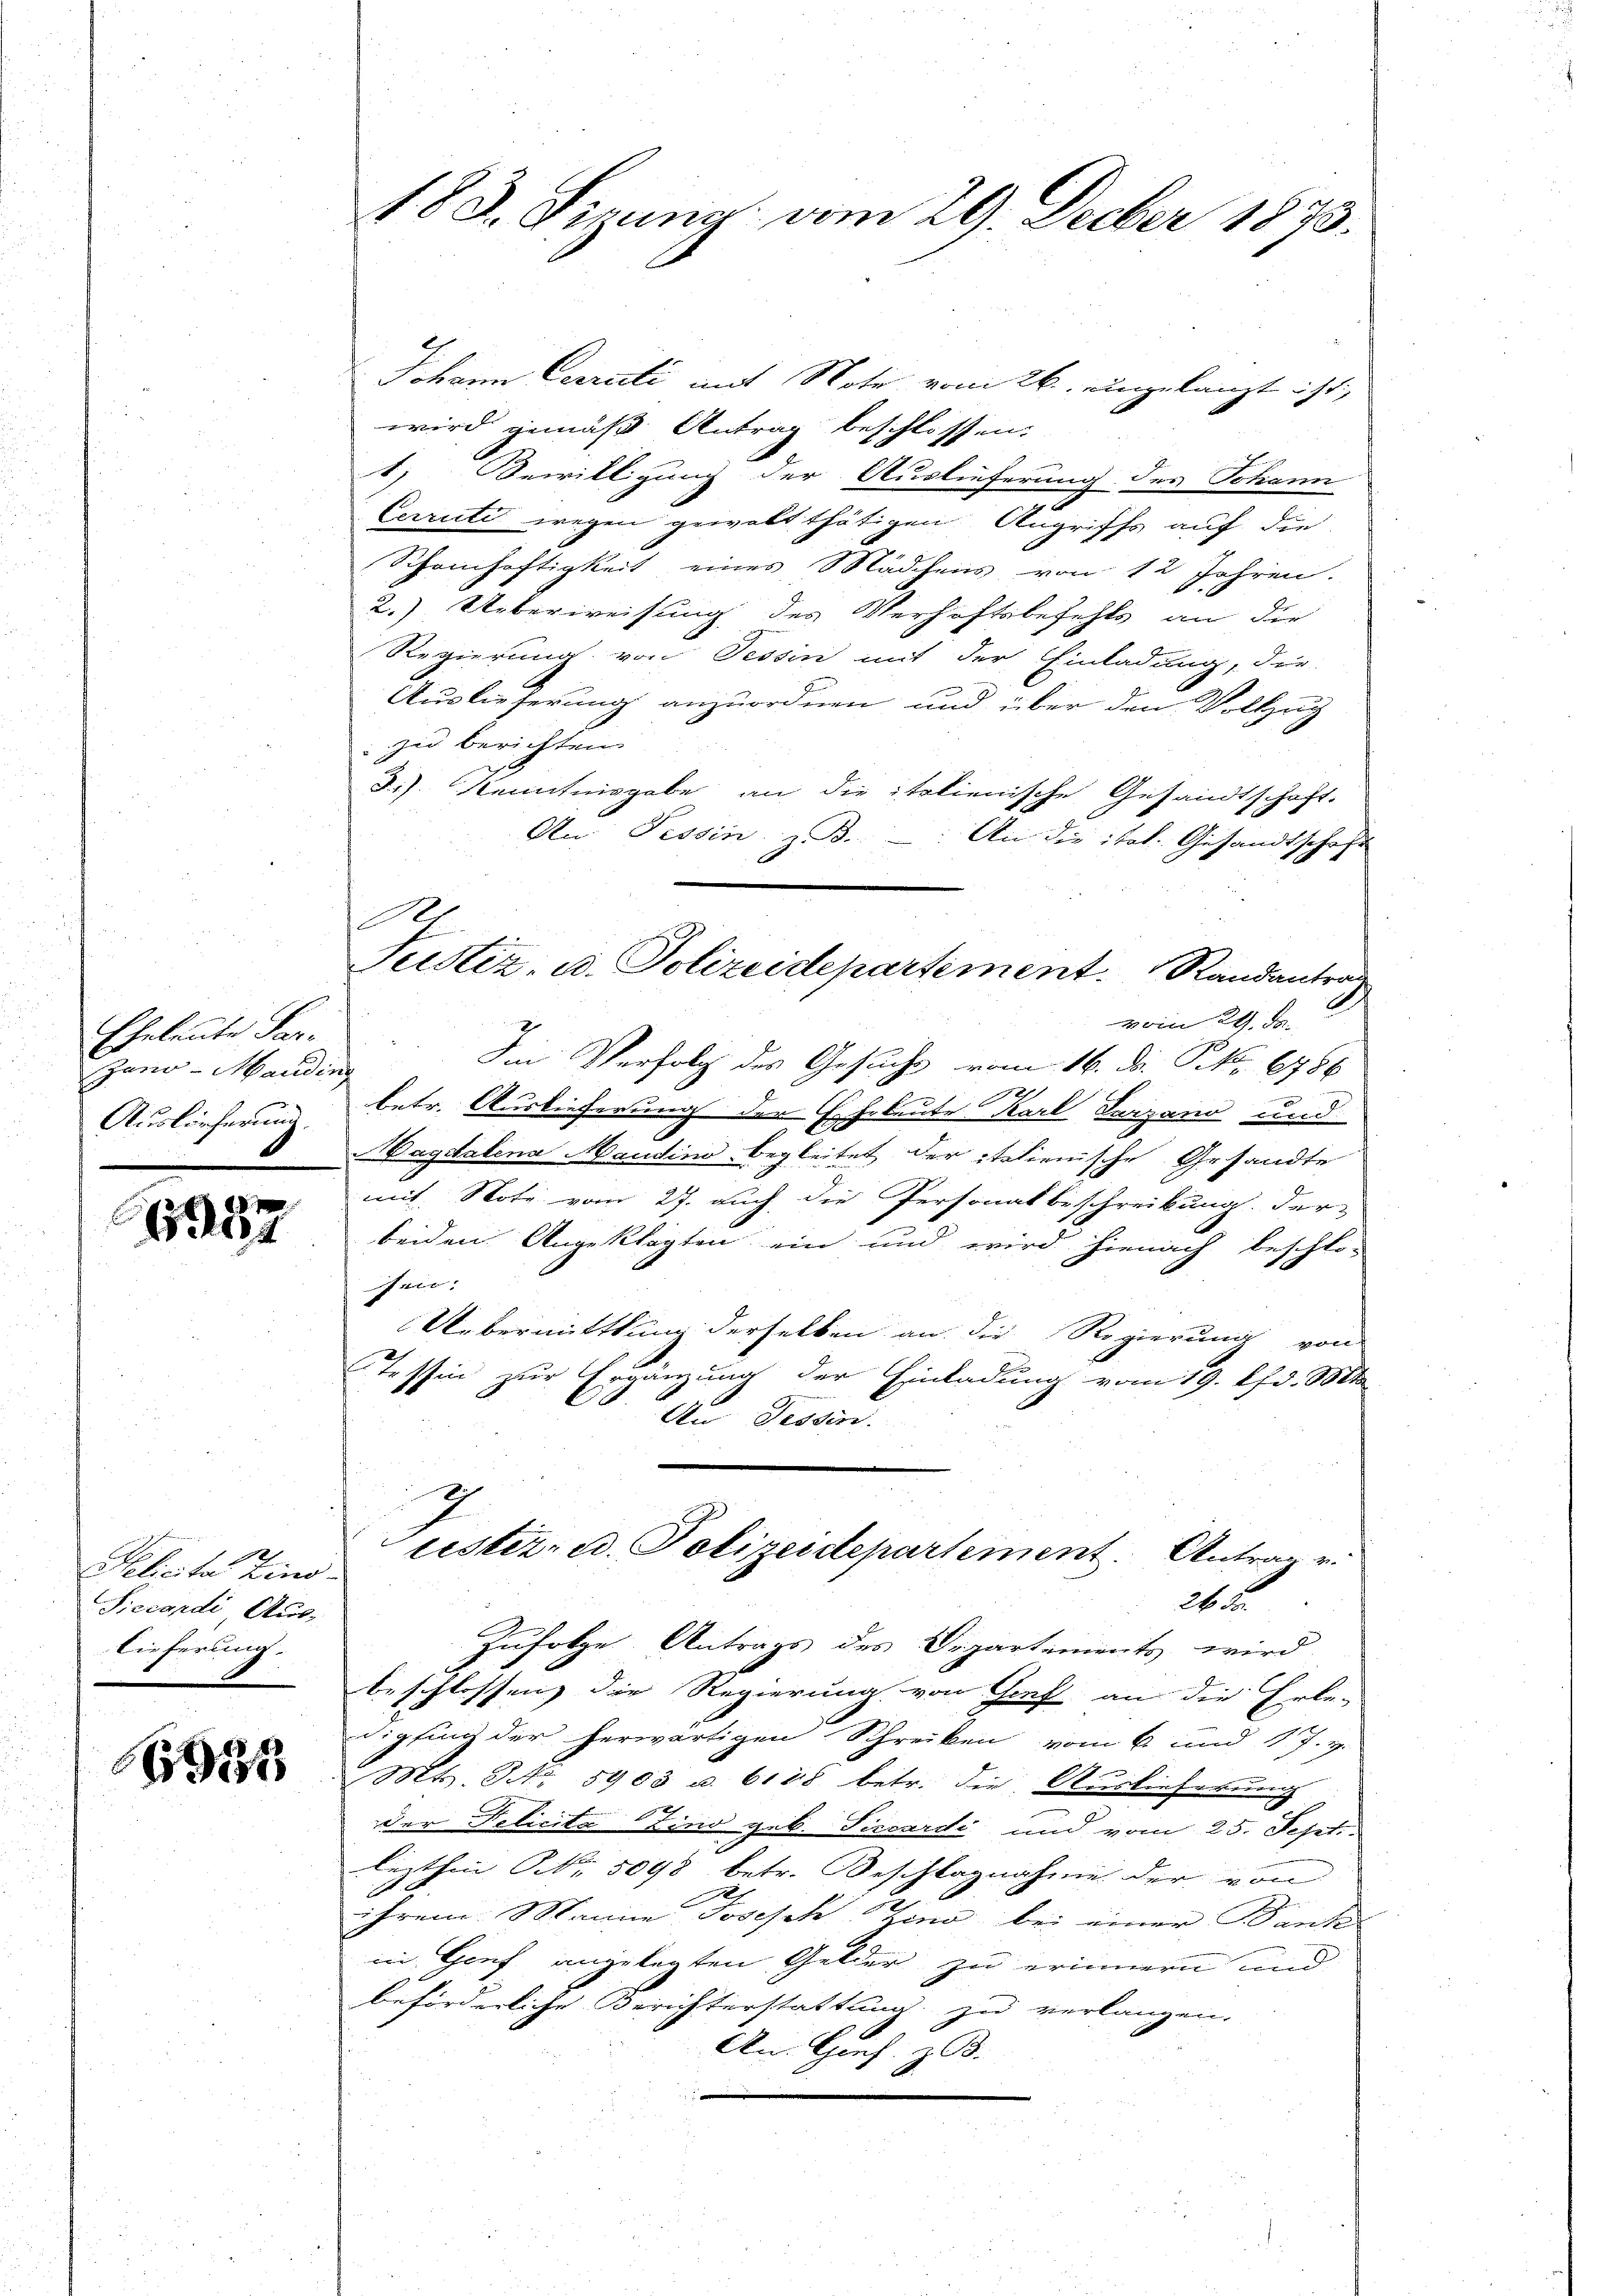
Eheleute Paryano-Mauding
Auslieferung.

604

12
ebcita Zino.
Siccandi Aus-
lieferung.

6335

Johann Cerrüti mit Note vom 26. eingelangt ist,
wird gemäß Antrag beschlossen.
1) Bewilligung der Auslieferung des Johann
Cerrute wegen gewalt thätigen Angriffs auf die
Schamhaftigkeit eines Mädchens von 12 Jahren.
2.) Ueberweisung des Verhaftsbefehls an die
Regierung von Tessin mit der Einladung, die
Auslieferung anzuordnen und über den Vollzug
zu berichten.
d.) Kenntnisgabe an die italienische Gesandtschaft.
An Tessin, z. B.: An die ital. Gesandtschaft
vom 21. de
Iin Verfolg des Gesuchs vom 16. d. P. Nr. 6786
betr. Auslieferung der Eheleute Karl Tarzano und
.
Bagdalena Maudine begleitet der italienische Gesandte
mit Note vom 27. auch die Personat beschreibung der
beiden Angeklagten ein und wird hienach beschlos
Inie.
Uebermittlung derselben an die Regierung von
Tessin zur Ergänzung der Einladung vom 19. d. Mt
An Tessin.
eister, u. Polizeidepartement. Antrag v
24 F
Zufolge Antrags des Departements wird
beschlossen, die Regierung von Genf an die Erle-
Sipfing der herwärtigen Schreiben vom 6 und 17. v.
Mts. Nr. 5903 u. 6188 betr. die Auslieferung
x
der Delicita (Zino geb. Piccardi und vom 25. Sept.
lezthin Nr. 5098 betr. Beschlagnahme der von
ihrem Manne Joseph Bino bei einer Banke
in Genf angelegten Gelder zu erinnern und
beförderliche Berichterstattung zu verlangen.
An. Gies. z. B.

183. Sirung vom 29. Decber 1873.

2
Justiz, u. Polizeidepartement. Randantrag